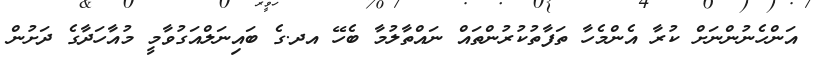
އަންހެނުންނަށް ކުރާ އެންމެހާ ތަފާތުކުރުންތައް ނައްތާލުމާ ބެހޭ އދ.ގެ ބައިނަލްއަގުވާމީ މުއާހަދާގެ ދަށުން